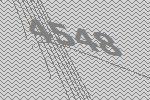
4548